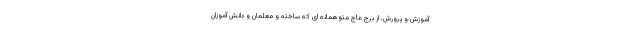
آموزش و پرورش، از برج عاج متوهمانه ای که ساخته و معلمان و دانش آموزان